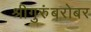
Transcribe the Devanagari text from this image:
श्रीगुरुंंबरोबर